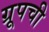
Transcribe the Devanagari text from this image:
ग्रूपची